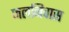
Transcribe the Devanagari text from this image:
जलनिवास